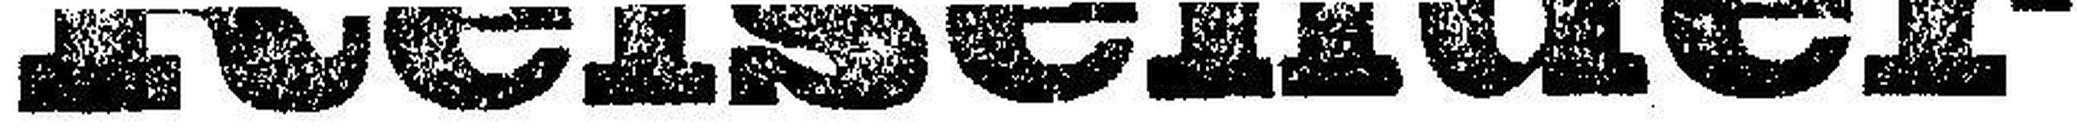
Reisender